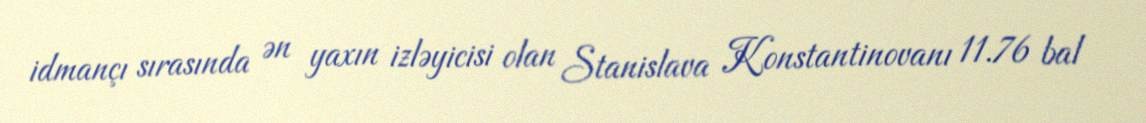
idmançı sırasında ən yaxın izləyicisi olan Stanislava Konstantinovanı 11.76 bal